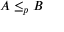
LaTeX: A \leq _ { p } B